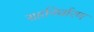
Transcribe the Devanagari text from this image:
सहनिर्धारण